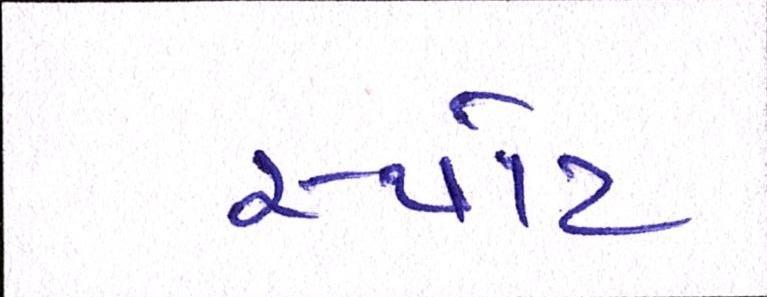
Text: સ્પોટ